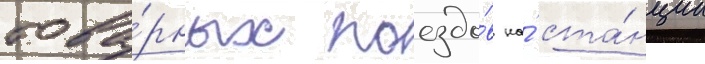
това́рных поездо́в на́ ста́нции